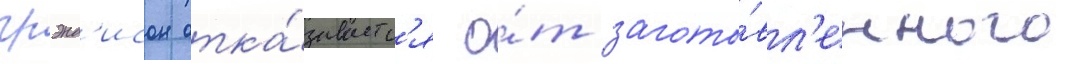
грэнд'исон отка́зываетс'я о́т загото́вл'енного